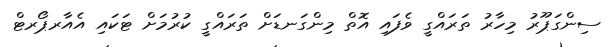
ސިންގަޕޫރު މިހާރު ތަރައްގީ ވެފައި އޮތް މިންގަނޑަށް ތަރައްގީ ކުރުމަށް ޓަކައި އެއާރޕޯރޓް